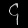
Digit: ၄